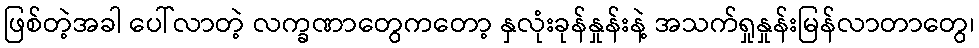
ဖြစ်တဲ့အခါ ပေါ်လာတဲ့ လက္ခဏာတွေကတော့ နှလုံးခုန်နှုန်းနဲ့ အသက်ရှုနှုန်းမြန်လာတာတွေ၊